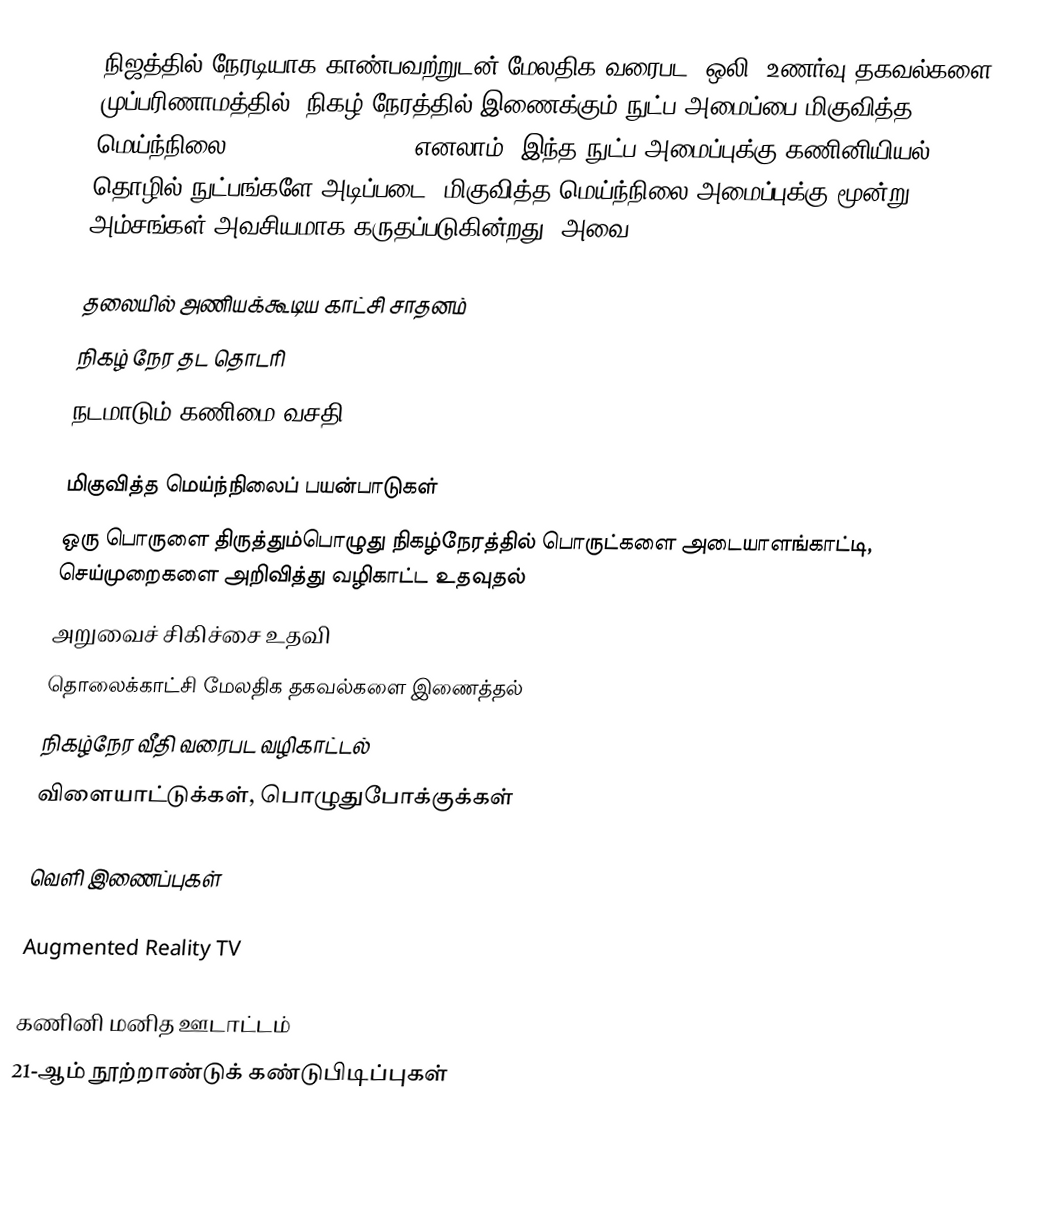
நிஜத்தில் நேரடியாக காண்பவற்றுடன் மேலதிக வரைபட, ஒலி, உணர்வு தகவல்களை முப்பரிணாமத்தில், நிகழ் நேரத்தில் இணைக்கும் நுட்ப அமைப்பை மிகுவித்த மெய்ந்நிலை (Augmented Reality) எனலாம். இந்த நுட்ப அமைப்புக்கு கணினியியல் தொழில் நுட்பங்களே அடிப்படை. மிகுவித்த மெய்ந்நிலை அமைப்புக்கு மூன்று அம்சங்கள் அவசியமாக கருதப்படுகின்றது, அவை:

 தலையில் அணியக்கூடிய காட்சி சாதனம்
 நிகழ் நேர தட தொடரி
 நடமாடும் கணிமை வசதி

மிகுவித்த மெய்ந்நிலைப் பயன்பாடுகள்
 ஒரு பொருளை திருத்தும்பொழுது நிகழ்நேரத்தில் பொருட்களை அடையாளங்காட்டி, செய்முறைகளை அறிவித்து வழிகாட்ட உதவுதல்
 அறுவைச் சிகிச்சை உதவி
 தொலைக்காட்சி மேலதிக தகவல்களை இணைத்தல்
 நிகழ்நேர வீதி வரைபட வழிகாட்டல்
 விளையாட்டுக்கள், பொழுதுபோக்குக்கள்

வெளி இணைப்புகள்

 Augmented Reality TV

கணினி மனித ஊடாட்டம்
21-ஆம் நூற்றாண்டுக் கண்டுபிடிப்புகள்